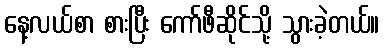
နေ့လယ်စာ စားပြီး ကော်ဖီဆိုင်သို့ သွားခဲ့တယ်။